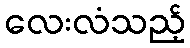
လေးလံသည့်